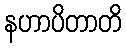
နဟာပိတာတိ